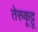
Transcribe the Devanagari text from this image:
तेरुकूट्टू